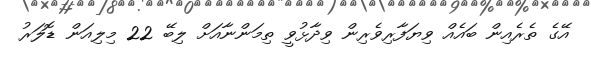
އޭގެ ތެރެއިން ބައެއް ވިޔަފާރިވެރިން ވިދާޅުވީ ތިމަންނާއަށް ލިބޭ 22 މިލިއަން ޑޮލަރު